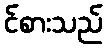
င်စားသည်